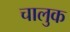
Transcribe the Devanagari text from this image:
चालुक